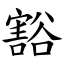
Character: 豁